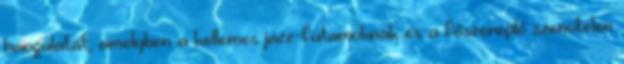
hangulatát, amelyben a kellemes jazz-futamoknak és a főszereplő szenvtelen